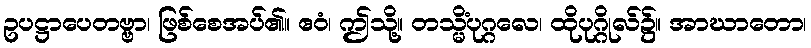
ဥပဋ္ဌာပေတဗ္ဗာ၊ ဖြစ်စေအပ်၏။ ဧဝံ၊ ဤသို့။ တသ္မိံပုဂ္ဂလေ၊ ထိုပုဂ္ဂိုလ်၌။ အာဃာတော၊